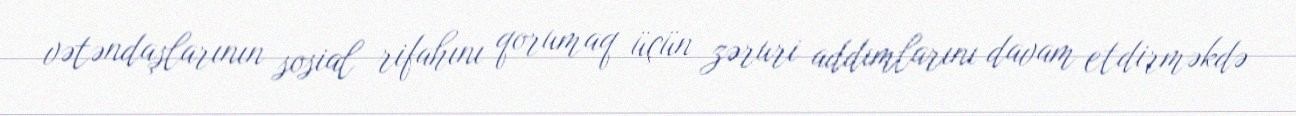
vətəndaşlarının sosial rifahını qorumaq üçün zəruri addımlarını davam etdirməkdə